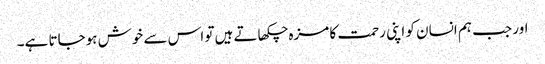
اور جب ہم انسان کو اپنی رحمت کا مزہ چکھاتے ہیں تو اس سے خوش ہوجاتا ہے۔